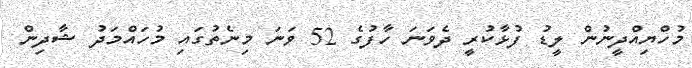
މުހްޔިއްދީނުން ލީޑު ފުޅާކުރީ ދެވަނަ ހާފުގެ 52 ވަނަ މިނެތުގައި މުހައްމަދު ޝާދިން